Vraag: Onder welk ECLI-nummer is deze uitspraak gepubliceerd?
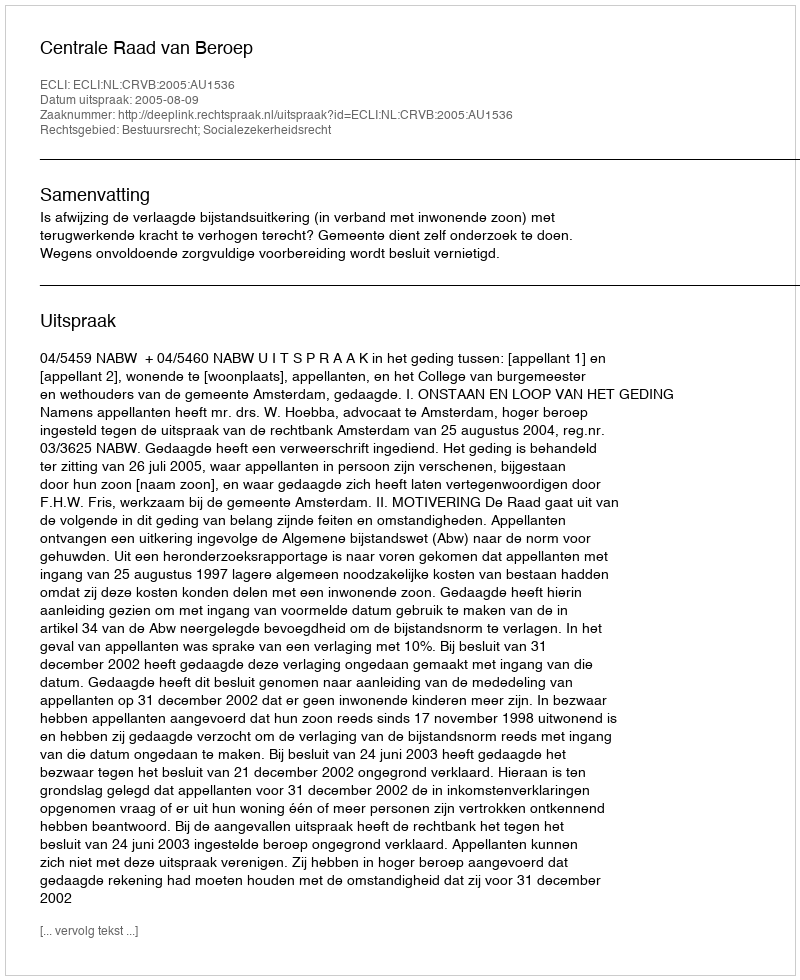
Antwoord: ECLI:NL:CRVB:2005:AU1536